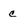
Character: C